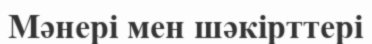
Мәнері мен шәкірттері